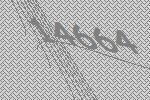
14664